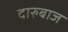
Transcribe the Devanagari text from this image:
दारुबाज